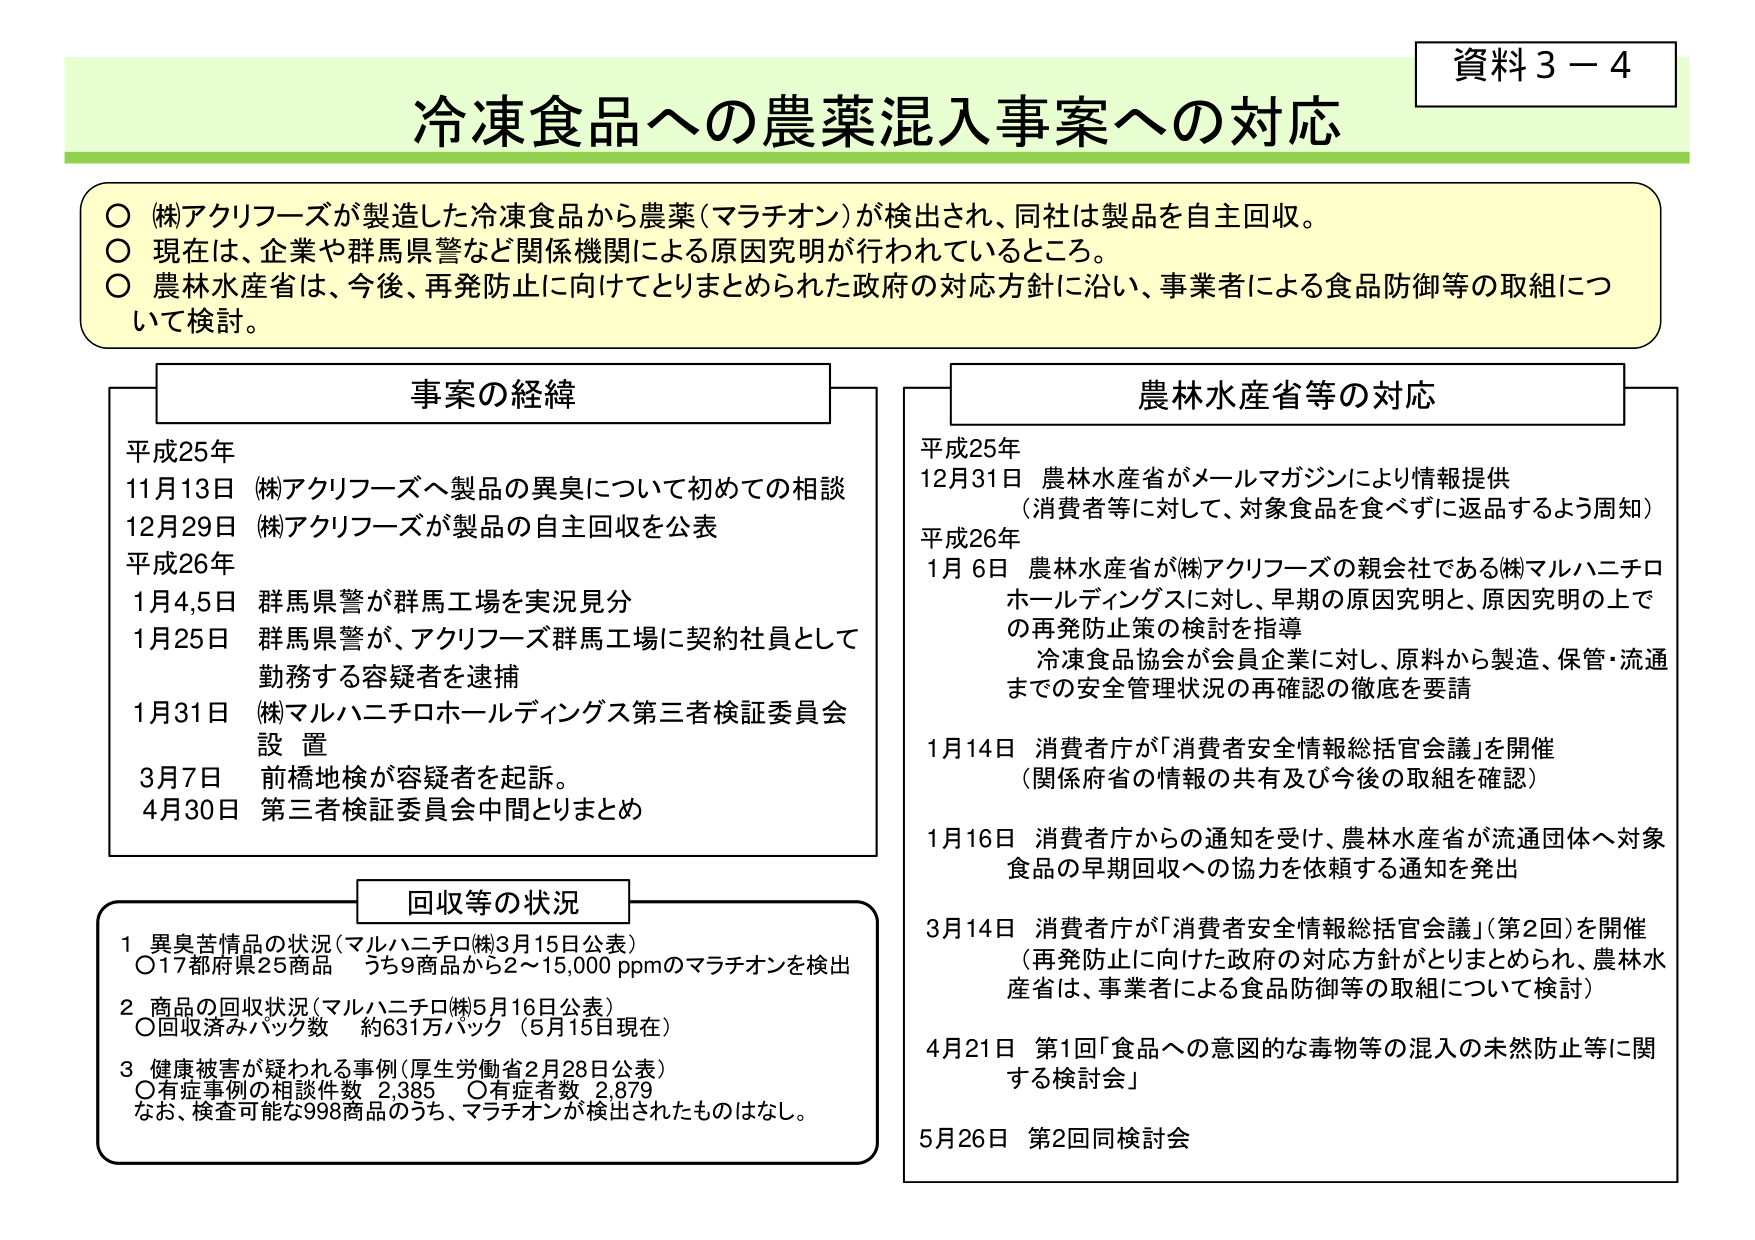
資料３－４
冷凍食品への農薬混入事案への対応

○ (株)アクリフーズが製造した冷凍食品から農薬（マラチオン）が検出され、同社は製品を自主回収。
○ 現在は、企業や群馬県警など関係機関による原因究明が行われているところ。
○ 農林水産省は、今後、再発防止に向けてとりまとめられた政府の対応方針に沿い、事業者による食品防御等の取組について検討。

事案の経緯
平成25年
11月13日 (株)アクリフーズへ製品の異臭について初めての相談
12月29日 (株)アクリフーズが製品の自主回収を公表
平成26年
1月4,5日 群馬県警が群馬工場を実況見分
1月25日 群馬県警が、アクリフーズ群馬工場に契約社員として勤務する容疑者を逮捕
1月31日 (株)マルハニチロホールディングス第三者検証委員会設置
3月7日 前橋地検が容疑者を起訴。
4月30日 第三者検証委員会中間とりまとめ

農林水産省等の対応
平成25年
12月31日 農林水産省がメールマガジンにより情報提供
（消費者等に対して、対象食品を食べずに返品するよう周知）
平成26年
1月6日 農林水産省が(株)アクリフーズの親会社である(株)マルハニチロホールディングスに対し、早期の原因究明と、原因究明の上での再発防止策の検討を指導
冷凍食品協会が会員企業に対し、原料から製造、保管・流通までの安全管理状況の再確認の徹底を要請
1月14日 消費者庁が「消費者安全情報総括官会議」を開催
（関係府省の情報の共有及び今後の取組を確認）
1月16日 消費者庁からの通知を受け、農林水産省が流通団体へ対象食品の早期回収への協力を依頼する通知を発出
3月14日 消費者庁が「消費者安全情報総括官会議」（第2回）を開催
（再発防止に向けた政府の対応方針がとりまとめられ、農林水産省は、事業者による食品防御等の取組について検討）
4月21日 第1回「食品への意図的な毒物等の混入の未然防止等に関する検討会」
5月26日 第2回同検討会

回収等の状況
1 異臭苦情品の状況（マルハニチロ㈱3月15日公表）
○17都府県25商品 うち9商品から2～15,000 ppmのマラチオンを検出
2 商品の回収状況（マルハニチロ㈱5月16日公表）
○回収済みパック数 約631万パック（5月15日現在）
3 健康被害が疑われる事例（厚生労働省2月28日公表）
○有症事例の相談件数 2,385 ○有症者数 2,879
なお、検査可能な998商品のうち、マラチオンが検出されたものはなし。